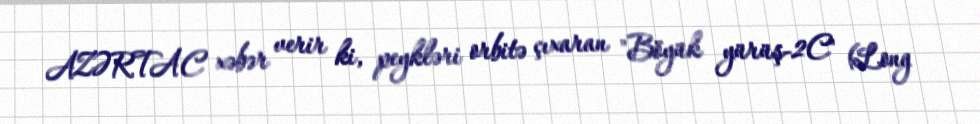
AZƏRTAC xəbər verir ki, peykləri orbitə çıxaran "Böyük yürüş-2C" (Long